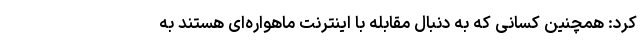
کرد: همچنین کسانی که به دنبال مقابله با اینترنت ماهواره‌ای هستند به